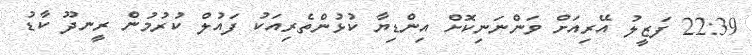
22:39 ފަޒީލު އޭރިއަށް ވަންނަނިކޮށް އިންޑިޔާ ކުޅުންތެރިއަކު ފައުލް ކުރުމުން ރީނދޫ ކާޑު